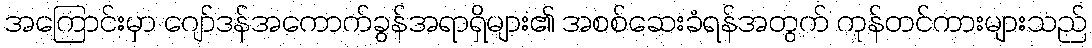
အကြောင်းမှာ ဂျော်ဒန်အကောက်ခွန်အရာရှိများ၏ အစစ်ဆေးခံရန်အတွက် ကုန်တင်ကားများသည်